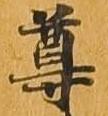
尊